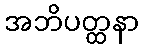
အဘိပတ္ထနာ